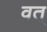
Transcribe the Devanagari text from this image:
वत्